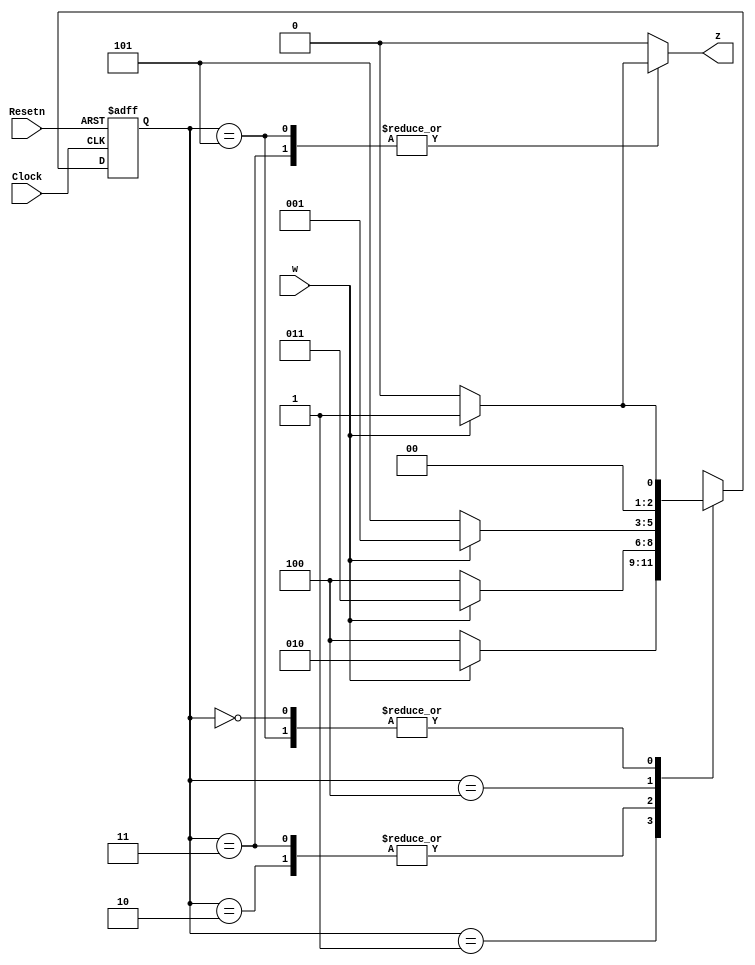
module examplemealy(Clock, Resetn, w, z);

input Clock, Resetn, w;
output reg z;
reg [3:1]y, Y;
parameter S0= 3'b000, S1= 3'b001, S2= 3'b010, S3= 3'b011, S4= 3'b100, S5= 3'b101;

//Define the next state and output combinational circuits
always@(w,y)
	case(y)
		S0: if(w)
			begin
				z=0;
				Y=S1;
			end
			else 
			begin
				z=0;
				Y=S0;
			end
		S1: if(w)
			begin
				z=0;
				Y=S2;
			end
			else
			begin
				z=0;
				Y=S4;
			end
		S2: if(w)
			begin
				z=0;
				Y=S3;
			end
			else
			begin
				z=0;
				Y=S4;
			end
		S3: if(w)
			begin
				z=1;
				Y=S3;
			end
			else
			begin
				z=0;
				Y=S4;
			end
		S4: if(w)
			begin
				z=0;
				Y=S1;
			end
			else
			begin
				z=0;
				Y=S5;
			end
		S5: if(w)
			begin
				z=1;
				Y=S1;
			end
			else
			begin
				z=0;
				Y=S0;
			end
		default: 
			begin
				z=0;
				Y=3'bxxx;
			end
	endcase

//Define the sequential block
always@(negedge Resetn, posedge Clock)
	if(Resetn==0) y<=S0;
	else y<=Y;
endmodule